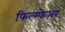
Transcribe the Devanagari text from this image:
फिल्म्फेअर